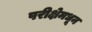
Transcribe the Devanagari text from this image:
परीक्षेमधून